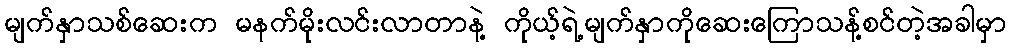
မျက်နှာသစ်ဆေးက မနက်မိုးလင်းလာတာနဲ့ ကိုယ့်ရဲ့မျက်နှာကိုဆေးကြောသန့်စင်တဲ့အခါမှာ